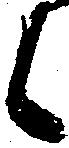
候